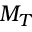
M _ { T }